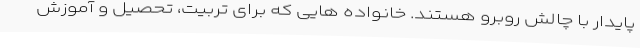
پایدار با چالش روبرو هستند. خانواده هایی که برای تربیت، تحصیل و آموزش